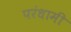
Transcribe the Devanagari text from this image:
परंधामी